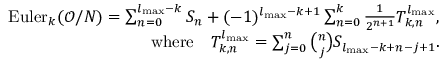
\begin{array} { r l r } & { } & { \mathrm { E u l e r } _ { k } ( \mathcal { O } / N ) = \sum _ { n = 0 } ^ { l _ { \mathrm { m a x } } - k } S _ { n } + ( - 1 ) ^ { l _ { \mathrm { m a x } } - k + 1 } \sum _ { n = 0 } ^ { k } \frac { 1 } { 2 ^ { n + 1 } } T _ { k , n } ^ { l _ { \mathrm { m a x } } } , } \\ & { } & { \mathrm { w h e r e \quad } T _ { k , n } ^ { l _ { \mathrm { m a x } } } = \sum _ { j = 0 } ^ { n } { \binom { n } { j } } S _ { l _ { \mathrm { m a x } } - k + n - j + 1 } . } \end{array}